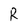
Character: R